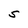
Character: S